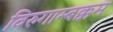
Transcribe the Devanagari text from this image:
विरुगाम्बक्कम